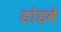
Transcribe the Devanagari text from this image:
डोडवे